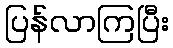
ပြန်လာကြပြီး